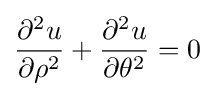
{\frac {\partial ^{2}u}{\partial \rho ^{2}}}+{\frac {\partial ^{2}u}{\partial \theta ^{2}}}=0